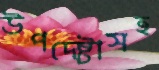
উপদেষ্টাসহ